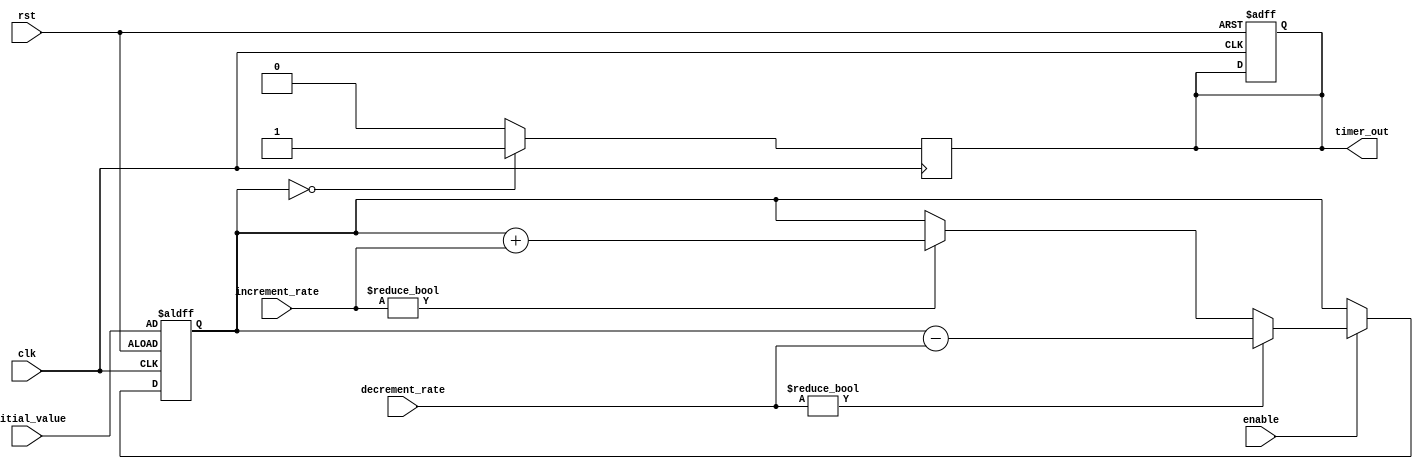
module timer_control_block(
    input wire clk,
    input wire rst,
    input wire enable,
    input wire [31:0] initial_value,
    input wire [31:0] increment_rate,
    input wire [31:0] decrement_rate,
    output reg timer_out
);

reg [31:0] counter;

always @(posedge clk or posedge rst) begin
    if(rst) begin
        counter <= initial_value;
        timer_out <= 0;
    end else begin
        if(enable) begin
            if(increment_rate != 32'b0) begin
                counter <= counter + increment_rate;
            end
            if(decrement_rate != 32'b0) begin
                counter <= counter - decrement_rate;
            end
        end
    end
end

always @(posedge clk) begin
    if(counter == 0)
        timer_out <= 1;
    else
        timer_out <= 0;
end

endmodule